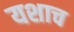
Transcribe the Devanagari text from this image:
यशाच